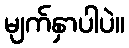
မျက်နှာပါပဲ။